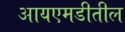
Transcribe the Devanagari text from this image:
आयएमडीतील